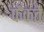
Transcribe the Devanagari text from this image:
फैंकते